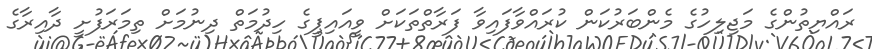
ރައްޔިތުންގެ މަޖިލިހުގެ މެންބަރުކަން ކުރައްވާފައިިވާ ފަރާތްތަކަށް ވީއައިޕީގެ ހިދުމަތް ދިނުމަށް ތިމަރަފުށީ ދާއިރާގެ